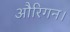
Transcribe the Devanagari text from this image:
औरिगन।